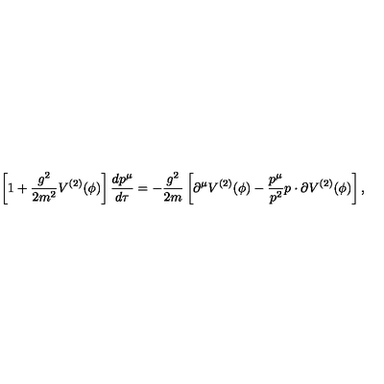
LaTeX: \left[ 1 + \frac { g ^ { 2 } } { 2 m ^ { 2 } } V ^ { ( 2 ) } ( \phi ) \right] \frac { d p ^ { \mu } } { d \tau } = - \frac { g ^ { 2 } } { 2 m } \left[ \partial ^ { \mu } V ^ { ( 2 ) } ( \phi ) - \frac { p ^ { \mu } } { p ^ { 2 } } p \cdot \partial V ^ { ( 2 ) } ( \phi ) \right] ,